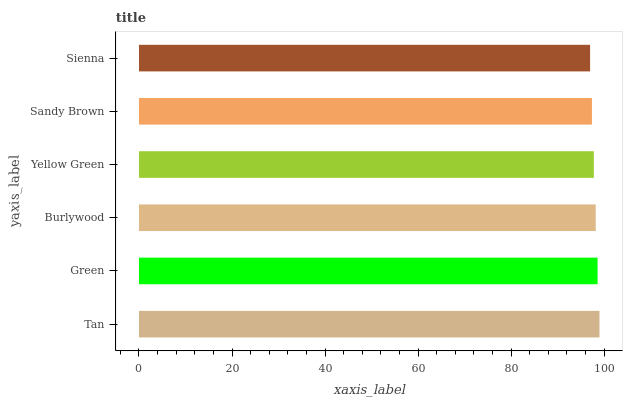
| yaxis_label | bars |
 | --- | --- |
 | Tan | 99 |
 | Green | 98.6 |
 | Burlywood | 98.2 |
 | Yellow Green | 97.8 |
 | Sandy Brown | 97.4 |
 | Sienna | 97 |